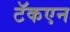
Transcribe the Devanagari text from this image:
टॅकएन